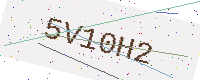
Text: 5V10H2